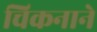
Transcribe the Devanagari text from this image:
चिकनाने